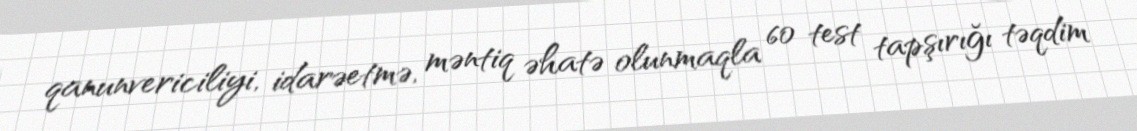
qanunvericiliyi, idarəetmə, məntiq əhatə olunmaqla 60 test tapşırığı təqdim